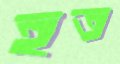
হত